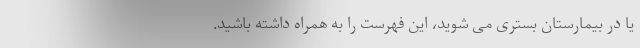
یا در بیمارستان بستری می شوید، این فهرست را به همراه داشته باشید.